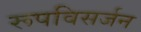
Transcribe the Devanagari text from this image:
रूपविसर्जन